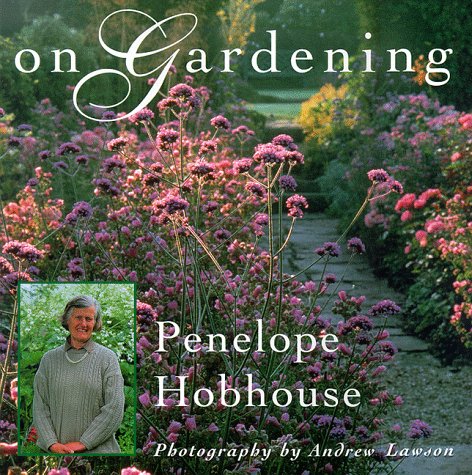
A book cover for On Gardening; Penelope Hobhouse; Crafts, Hobbies & Home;